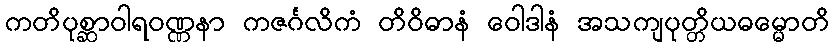
ကတိပုစ္ဆာဝါရဝဏ္ဏနာ ကဇင်္ဂလိကံ တိဝိဓာနံ ဝေါဒါနံ အသကျပုတ္တိယဓမ္မောတိ